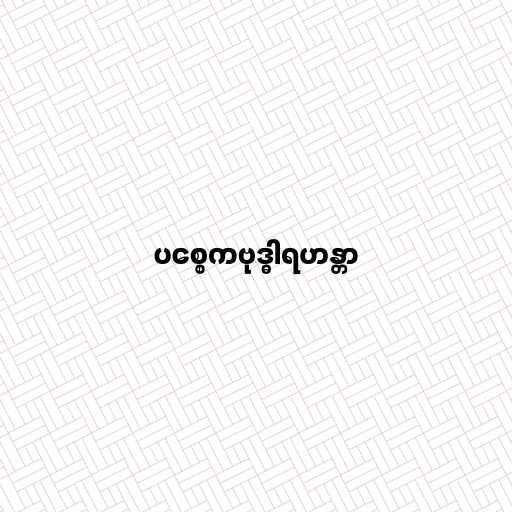
ပစ္စေကဗုဒ္ဓါရဟန္တာ